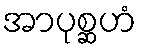
အာပုစ္ဆဟံ